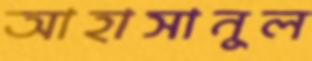
আহাসানুল